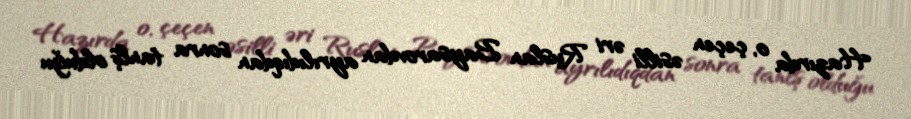
Hazırda o, çeçen əsilli əri Ruslan Baysarovdan ayrılıdıqdan sonra tanlş olduğu